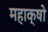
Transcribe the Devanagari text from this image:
महाक्षो